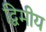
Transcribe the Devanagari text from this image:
द्विमीय